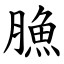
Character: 䐳